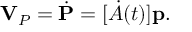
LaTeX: \mathbf { V } _ { P } = { \dot { \mathbf { P } } } = [ { \dot { A } } ( t ) ] \mathbf { p } .